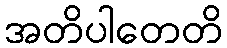
အတိပါတေတိ